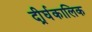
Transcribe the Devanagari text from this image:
दीर्र्घकालिक